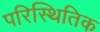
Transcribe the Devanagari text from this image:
परिस्थितिक